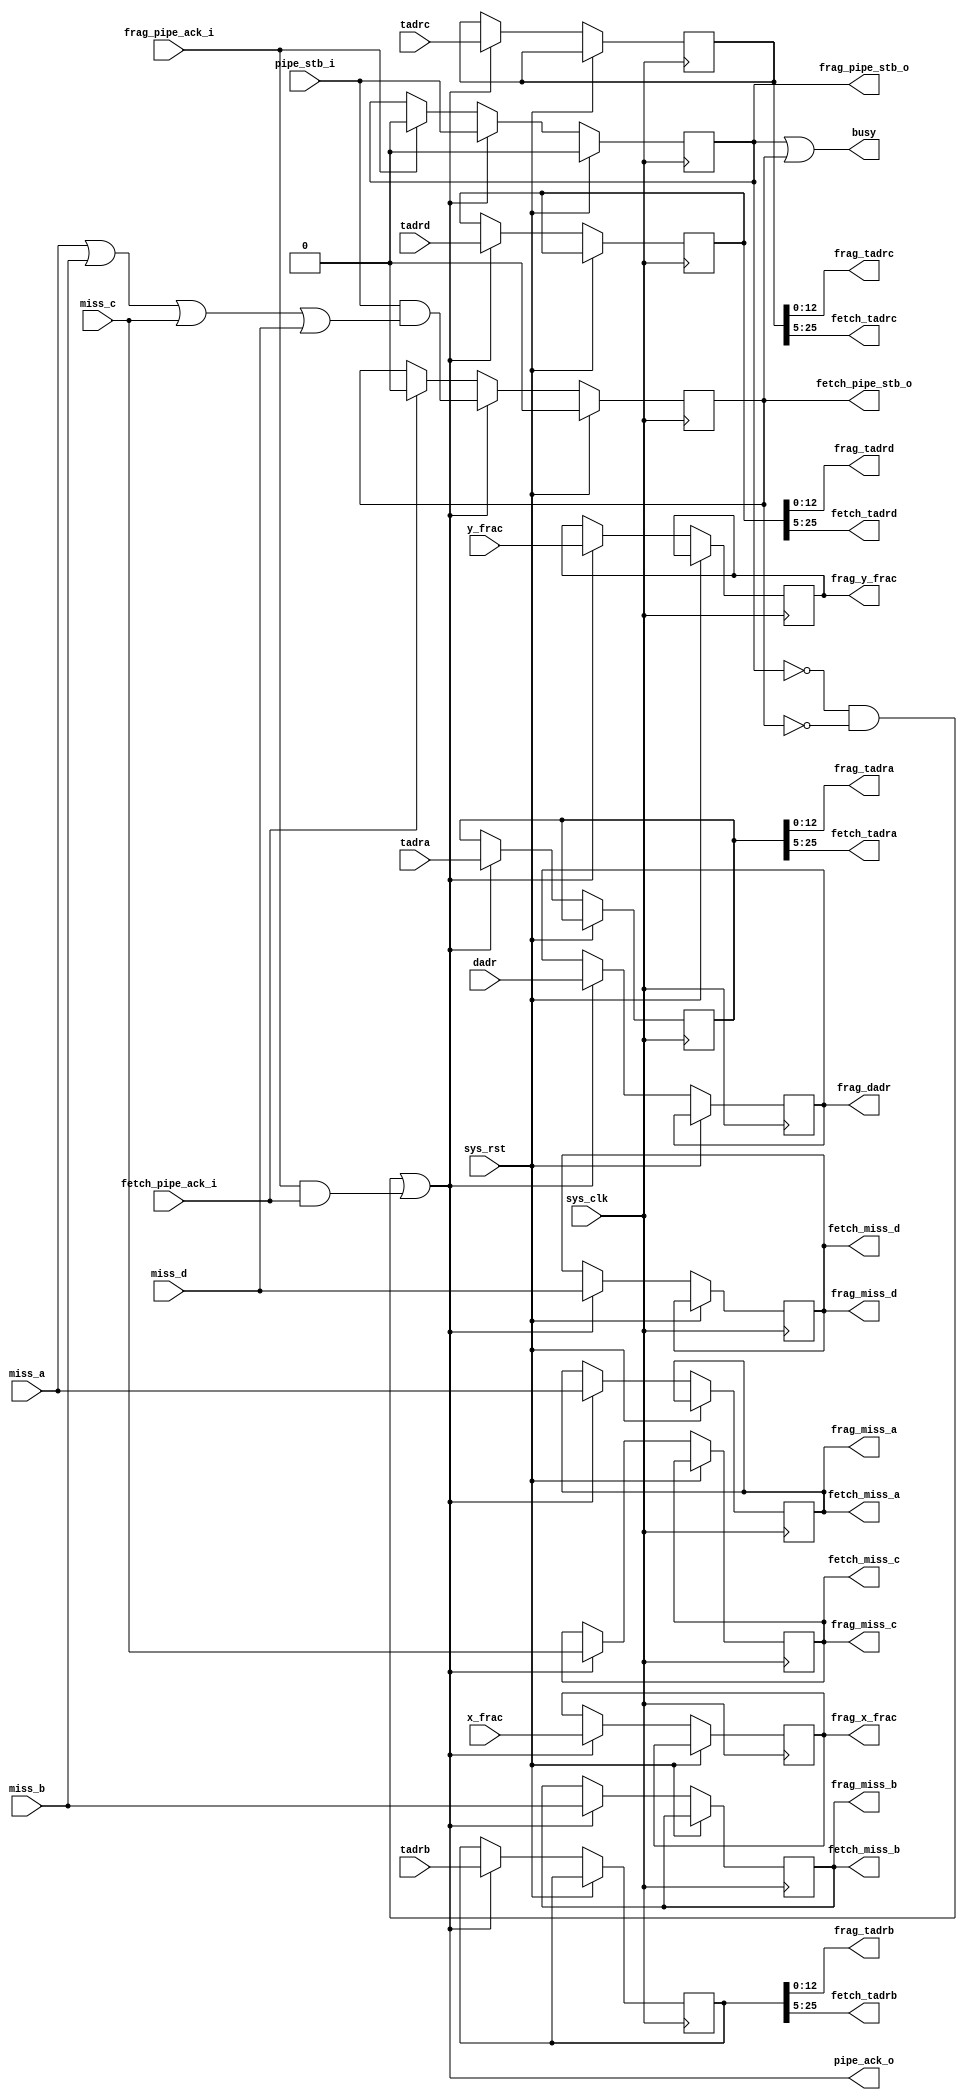
module tmu2_split #(
	parameter cache_depth = 13,
	parameter fml_depth = 26
) (
	input sys_clk,
	input sys_rst,

	output busy,

	input pipe_stb_i,
	output pipe_ack_o,
	input [fml_depth-1-1:0] dadr,
	input [fml_depth-1:0] tadra,
	input [fml_depth-1:0] tadrb,
	input [fml_depth-1:0] tadrc,
	input [fml_depth-1:0] tadrd,
	input [5:0] x_frac,
	input [5:0] y_frac,
	input miss_a,
	input miss_b,
	input miss_c,
	input miss_d,
	
	/* to fragment FIFO */
	output reg frag_pipe_stb_o,
	input frag_pipe_ack_i,
	output reg [fml_depth-1-1:0] frag_dadr,
	output [cache_depth-1:0] frag_tadra, /* < texel cache addresses (in bytes) */
	output [cache_depth-1:0] frag_tadrb,
	output [cache_depth-1:0] frag_tadrc,
	output [cache_depth-1:0] frag_tadrd,
	output reg [5:0] frag_x_frac,
	output reg [5:0] frag_y_frac,
	output frag_miss_a,
	output frag_miss_b,
	output frag_miss_c,
	output frag_miss_d,

	/* to texel fetch unit */
	output reg fetch_pipe_stb_o,
	input fetch_pipe_ack_i,
	output [fml_depth-5-1:0] fetch_tadra, /* < texel burst addresses (in 4*64 bit units) */
	output [fml_depth-5-1:0] fetch_tadrb,
	output [fml_depth-5-1:0] fetch_tadrc,
	output [fml_depth-5-1:0] fetch_tadrd,
	output fetch_miss_a,
	output fetch_miss_b,
	output fetch_miss_c,
	output fetch_miss_d
);

/* shared data */
reg [fml_depth-1:0] r_tadra;
reg [fml_depth-1:0] r_tadrb;
reg [fml_depth-1:0] r_tadrc;
reg [fml_depth-1:0] r_tadrd;
reg r_miss_a;
reg r_miss_b;
reg r_miss_c;
reg r_miss_d;

assign frag_tadra = r_tadra[cache_depth-1:0];
assign frag_tadrb = r_tadrb[cache_depth-1:0];
assign frag_tadrc = r_tadrc[cache_depth-1:0];
assign frag_tadrd = r_tadrd[cache_depth-1:0];
assign frag_miss_a = r_miss_a;
assign frag_miss_b = r_miss_b;
assign frag_miss_c = r_miss_c;
assign frag_miss_d = r_miss_d;

assign fetch_tadra = r_tadra[fml_depth-1:5];
assign fetch_tadrb = r_tadrb[fml_depth-1:5];
assign fetch_tadrc = r_tadrc[fml_depth-1:5];
assign fetch_tadrd = r_tadrd[fml_depth-1:5];
assign fetch_miss_a = r_miss_a;
assign fetch_miss_b = r_miss_b;
assign fetch_miss_c = r_miss_c;
assign fetch_miss_d = r_miss_d;

reg data_valid;

always @(posedge sys_clk) begin
	if(sys_rst) begin
		frag_pipe_stb_o <= 1'b0;
		fetch_pipe_stb_o <= 1'b0;
	end else begin
		if(frag_pipe_ack_i)
			frag_pipe_stb_o <= 1'b0;
		if(fetch_pipe_ack_i)
			fetch_pipe_stb_o <= 1'b0;
		if(pipe_ack_o) begin
			frag_pipe_stb_o <= pipe_stb_i;
			fetch_pipe_stb_o <= pipe_stb_i & (miss_a | miss_b | miss_c | miss_d);
			frag_dadr <= dadr;
			r_tadra <= tadra;
			r_tadrb <= tadrb;
			r_tadrc <= tadrc;
			r_tadrd <= tadrd;
			frag_x_frac <= x_frac;
			frag_y_frac <= y_frac;
			r_miss_a <= miss_a;
			r_miss_b <= miss_b;
			r_miss_c <= miss_c;
			r_miss_d <= miss_d;
		end
	end
end

assign busy = frag_pipe_stb_o | fetch_pipe_stb_o;
assign pipe_ack_o = (~frag_pipe_stb_o & ~fetch_pipe_stb_o) | (frag_pipe_ack_i & fetch_pipe_ack_i);

endmodule